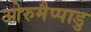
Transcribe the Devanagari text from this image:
ओरुमैप्पाडु